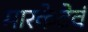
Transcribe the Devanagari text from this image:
मारकेटेवं